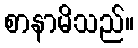
စာနာမိသည်။